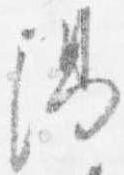
陽